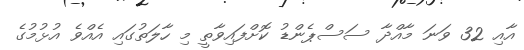
އާއި 32 ވަނަ މާއްދާ ސަސްޕެންޑު ކޮށްފައިވާތީ މި ހާލަތުގައި އެއްވެ އުޅުމުގެ